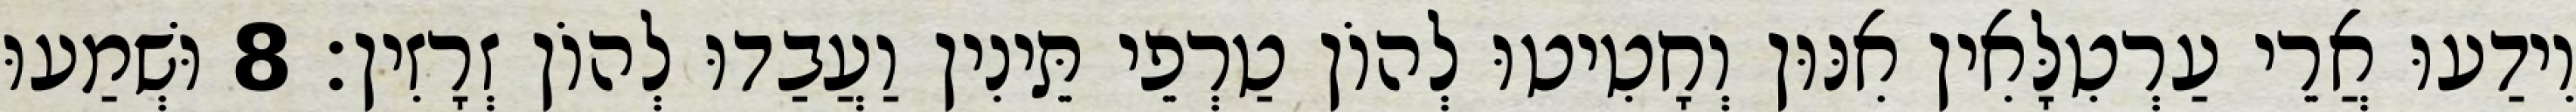
וִידַעוּ אֲרֵי עַרְטִלָּאִין אִנּוּן וְחָטִיטוּ לְהוֹן טַרְפֵי תֵּינִין וַעֲבַדוּ לְהוֹן זְרָזִין׃ 8 וּשְׁמַעוּ